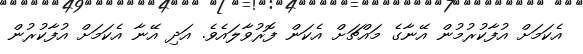
އެކަމަށް އުފާކުރުމުން އޭނާގެ މައްޗަށް އެކަން ފޮރުވާލައެވެ. އަދި އޭނާ އެކަމަށް އުފާކުރުން